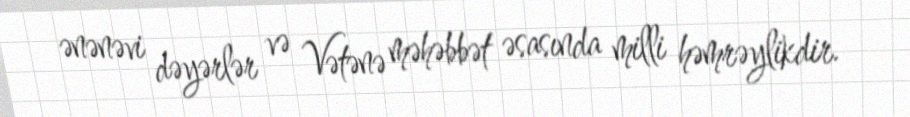
ənənəvi dəyərlər və Vətənə məhəbbət əsasında milli həmrəylikdir.